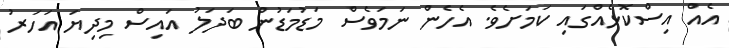
އެއް އިސްކޮޅެއްގައި ކަަމަށެވެ. އެހެން ނަމަވެސް މަޑުމަޑުން ބަދަލު އައިސް މިދިޔަ އަހަރު